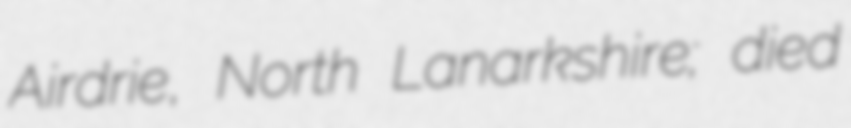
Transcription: Airdrie, North Lanarkshire; died